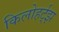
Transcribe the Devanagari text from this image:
किलोहर्ट्‌झ